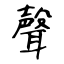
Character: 聲